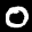
Label: 0